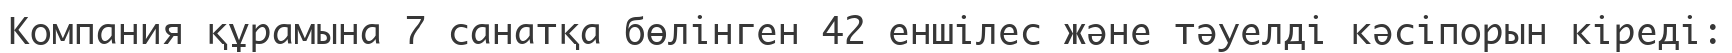
Компания құрамына 7 санатқа бөлінген 42 еншілес және тәуелді кәсіпорын кіреді: